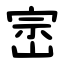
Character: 崈